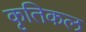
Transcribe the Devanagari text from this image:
कृतिकल